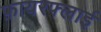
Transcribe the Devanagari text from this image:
फ़ायरफ्लाई